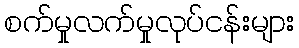
စက်မှုလက်မှုလုပ်ငန်းများ